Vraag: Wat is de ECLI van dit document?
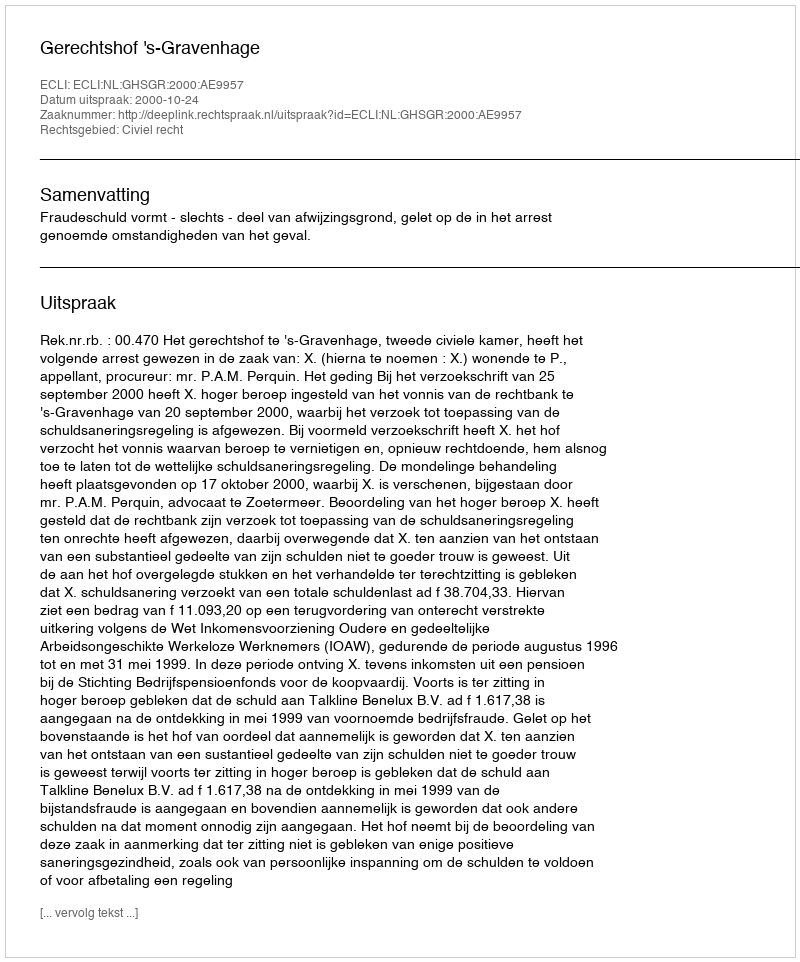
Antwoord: ECLI:NL:GHSGR:2000:AE9957